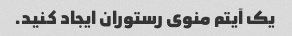
یک آیتم منوی رستوران ایجاد کنید.